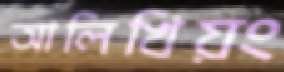
আলিখিয়ং